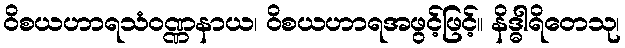
ဝိစယဟာရသံဝဏ္ဏနာယ၊ ဝိစယဟာရအဖွင့်ဖြင့်။ နိဒ္ဓါရိတေသု၊